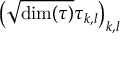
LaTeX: \left( { \sqrt { \dim ( \tau ) } } \tau _ { k , l } \right) _ { k , l }